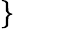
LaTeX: \left.\begin{array}{rl}\end{array}\right\} \qquad\mathrm{~}